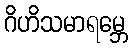
ဂိဟိသမာရမ္ဘေ